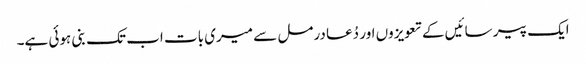
ایک پیر سائیں کے تعویزوں اور دُعا درمل سے میری بات اب تک بنی ہوئی ہے۔